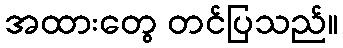
အထားတွေ တင်ပြသည်။